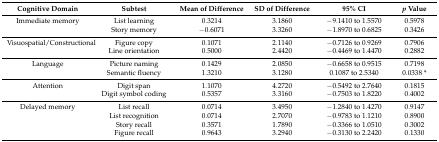
<table><thead><tr><td><b>Cognitive Domain</b></td><td><b>Subtest</b></td><td><b>Mean of Difference</b></td><td><b>SD of Difference</b></td><td><b>95% CI</b></td><td><b><i>p</i> Value</b></td></tr></thead><tbody><tr><td>Immediate memory</td><td>List learning</td><td>0.3214</td><td>3.1860</td><td>−9.1410 to 1.5570</td><td>0.5978</td></tr><tr><td></td><td>Story memory</td><td>−0.6071</td><td>3.3260</td><td>−1.8970 to 0.6825</td><td>0.3426</td></tr><tr><td>Visuospatial/Constructional</td><td>Figure copy</td><td>0.1071</td><td>2.1140</td><td>−0.7126 to 0.9269</td><td>0.7906</td></tr><tr><td></td><td>Line orientation</td><td>0.5000</td><td>2.4420</td><td>−0.4469 to 1.4470</td><td>0.2882</td></tr><tr><td>Language</td><td>Picture naming</td><td>0.1429</td><td>2.0850</td><td>−0.6658 to 0.9515</td><td>0.7198</td></tr><tr><td></td><td>Semantic fluency</td><td>1.3210</td><td>3.1280</td><td>0.1087 to 2.5340</td><td>0.0338 *</td></tr><tr><td>Attention</td><td>Digit span</td><td>1.1070</td><td>4.2720</td><td>−0.5492 to 2.7640</td><td>0.1815</td></tr><tr><td></td><td>Digit symbol coding</td><td>0.5357</td><td>3.3160</td><td>−0.7503 to 1.8220</td><td>0.4002</td></tr><tr><td>Delayed memory</td><td>List recall</td><td>0.0714</td><td>3.4950</td><td>−1.2840 to 1.4270</td><td>0.9147</td></tr><tr><td></td><td>List recognition</td><td>0.0714</td><td>2.7070</td><td>−0.9783 to 1.1210</td><td>0.8900</td></tr><tr><td></td><td>Story recall</td><td>0.3571</td><td>1.7890</td><td>−0.3366 to 1.0510</td><td>0.3002</td></tr><tr><td></td><td>Figure recall</td><td>0.9643</td><td>3.2940</td><td>−0.3130 to 2.2420</td><td>0.1330</td></tr></tbody></table>